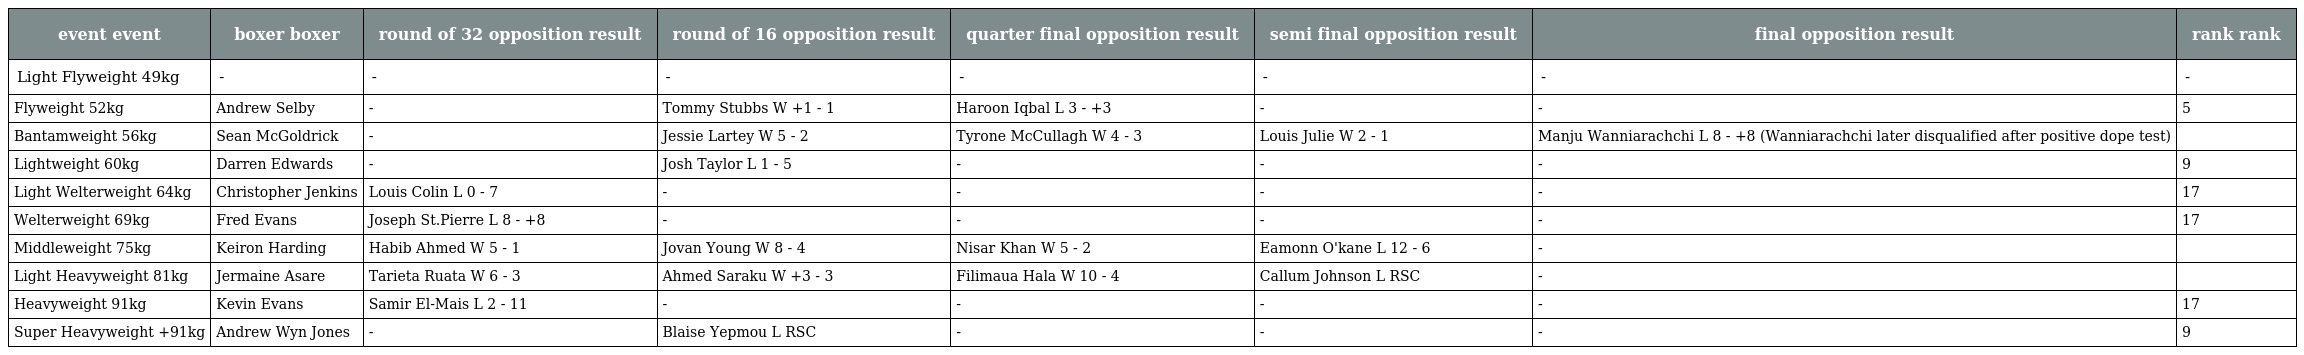
| event event | boxer boxer | round of 32 opposition result | round of 16 opposition result | quarter final opposition result | semi final opposition result | final opposition result | rank rank |
 | --- | --- | --- | --- | --- | --- | --- | --- |
 | Light Flyweight 49kg | - | - | - | - | - | - | - |
 | Flyweight 52kg | Andrew Selby | - | Tommy Stubbs W +1 - 1 | Haroon Iqbal L 3 - +3 | - | - | 5 |
 | Bantamweight 56kg | Sean McGoldrick | - | Jessie Lartey W 5 - 2 | Tyrone McCullagh W 4 - 3 | Louis Julie W 2 - 1 | Manju Wanniarachchi L 8 - +8 (Wanniarachchi later disqualified after positive dope test) |  |
 | Lightweight 60kg | Darren Edwards | - | Josh Taylor L 1 - 5 | - | - | - | 9 |
 | Light Welterweight 64kg | Christopher Jenkins | Louis Colin L 0 - 7 | - | - | - | - | 17 |
 | Welterweight 69kg | Fred Evans | Joseph St.Pierre L 8 - +8 | - | - | - | - | 17 |
 | Middleweight 75kg | Keiron Harding | Habib Ahmed W 5 - 1 | Jovan Young W 8 - 4 | Nisar Khan W 5 - 2 | Eamonn O'kane L 12 - 6 | - |  |
 | Light Heavyweight 81kg | Jermaine Asare | Tarieta Ruata W 6 - 3 | Ahmed Saraku W +3 - 3 | Filimaua Hala W 10 - 4 | Callum Johnson L RSC | - |  |
 | Heavyweight 91kg | Kevin Evans | Samir El-Mais L 2 - 11 | - | - | - | - | 17 |
 | Super Heavyweight +91kg | Andrew Wyn Jones | - | Blaise Yepmou L RSC | - | - | - | 9 |